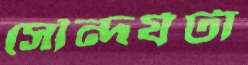
সৌন্দর্যটা